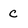
Character: c